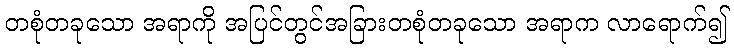
တစုံတခုသော အရာကို အပြင်တွင်အခြားတစုံတခုသော အရာက လာရောက်၍